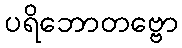
ပရိဘောတဗ္ဗော